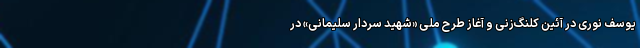
یوسف نوری در آئین کلنگ‌زنی و آغاز طرح ملی «شهید سردار سلیمانی» در